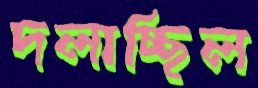
দলাচ্ছিল